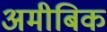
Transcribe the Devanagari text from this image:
अमीबिक